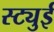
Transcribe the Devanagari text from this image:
स्ट्युई